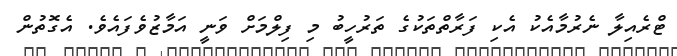
ޓްރެއިލާ ނެރުމާއެކު އެކި ފަރާތްތަކުގެ ތަރުހީބު މި ފިލްމަށް ވަނީ އަމާޒުވެފައެވެ. އެގޮތުން